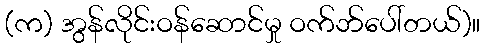
(က) အွန်လိုင်းဝန်ဆောင်မှု ဝက်ဘ်ပေါ်တယ်)။